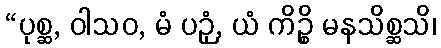
“ပုစ္ဆ, ဝါသဝ, မံ ပဉှံ, ယံ ကိဉ္စိ မနသိစ္ဆသိ၊